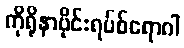
ကိုရိုနာဗိုင်းရပ်စ်ရောဂါ